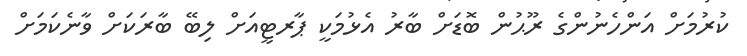
ކުރުމަށް އަންހެނުންގެ ރޫޙުން ބޮޑަށް ބާރު އެޅުމަކީ ޕާރޓީއަށް ލިބޭ ބާރަކަށް ވާނެކަމަށް